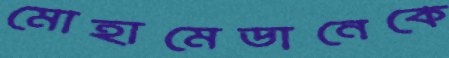
মোহামেডানেকে